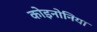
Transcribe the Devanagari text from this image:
कोइनोनिया